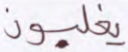
يغلبون